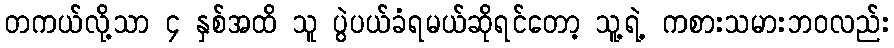
တကယ်လို့သာ ၄ နှစ်အထိ သူ ပွဲပယ်ခံရမယ်ဆိုရင်တော့ သူ့ရဲ့ ကစားသမားဘ၀လည်း